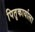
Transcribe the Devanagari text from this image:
पितृकार्याला